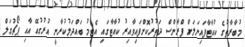
މުބާރާތުގެ ކުއާޓާފައިނަލަށް ފްރާންސް ދަތުރުކޮށްފައިވާއިރު ކުއާޓާގައި އެޓީމު ބައްދަލުކުރާނީ އުރުގުއޭ އާއި ޕޯޗުގަލް